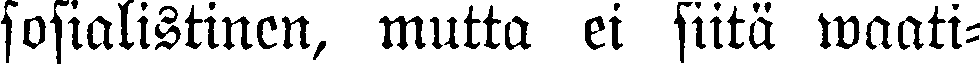
sosialistinen, mutta ei siitä waati-